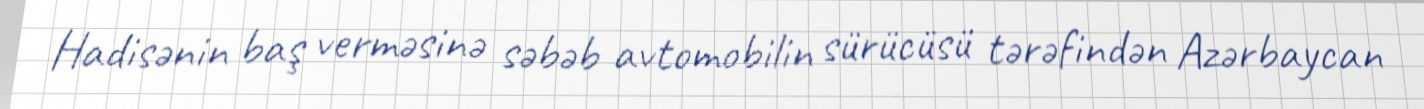
Hadisənin baş verməsinə səbəb avtomobilin sürücüsü tərəfindən Azərbaycan